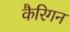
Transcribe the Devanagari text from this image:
कैरिगन